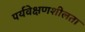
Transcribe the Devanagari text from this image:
पर्यवेक्षणशीलता